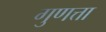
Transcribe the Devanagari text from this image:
गुणत्ता